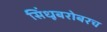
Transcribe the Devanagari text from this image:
सिंधूबरोबरच